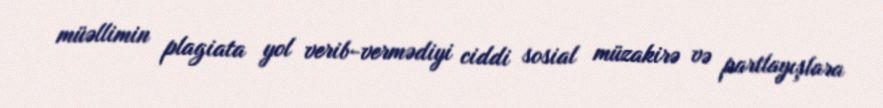
müəllimin plagiata yol verib-vermədiyi ciddi sosial müzakirə və partlayışlara